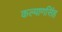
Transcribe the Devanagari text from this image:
कल्‍याणसिंह